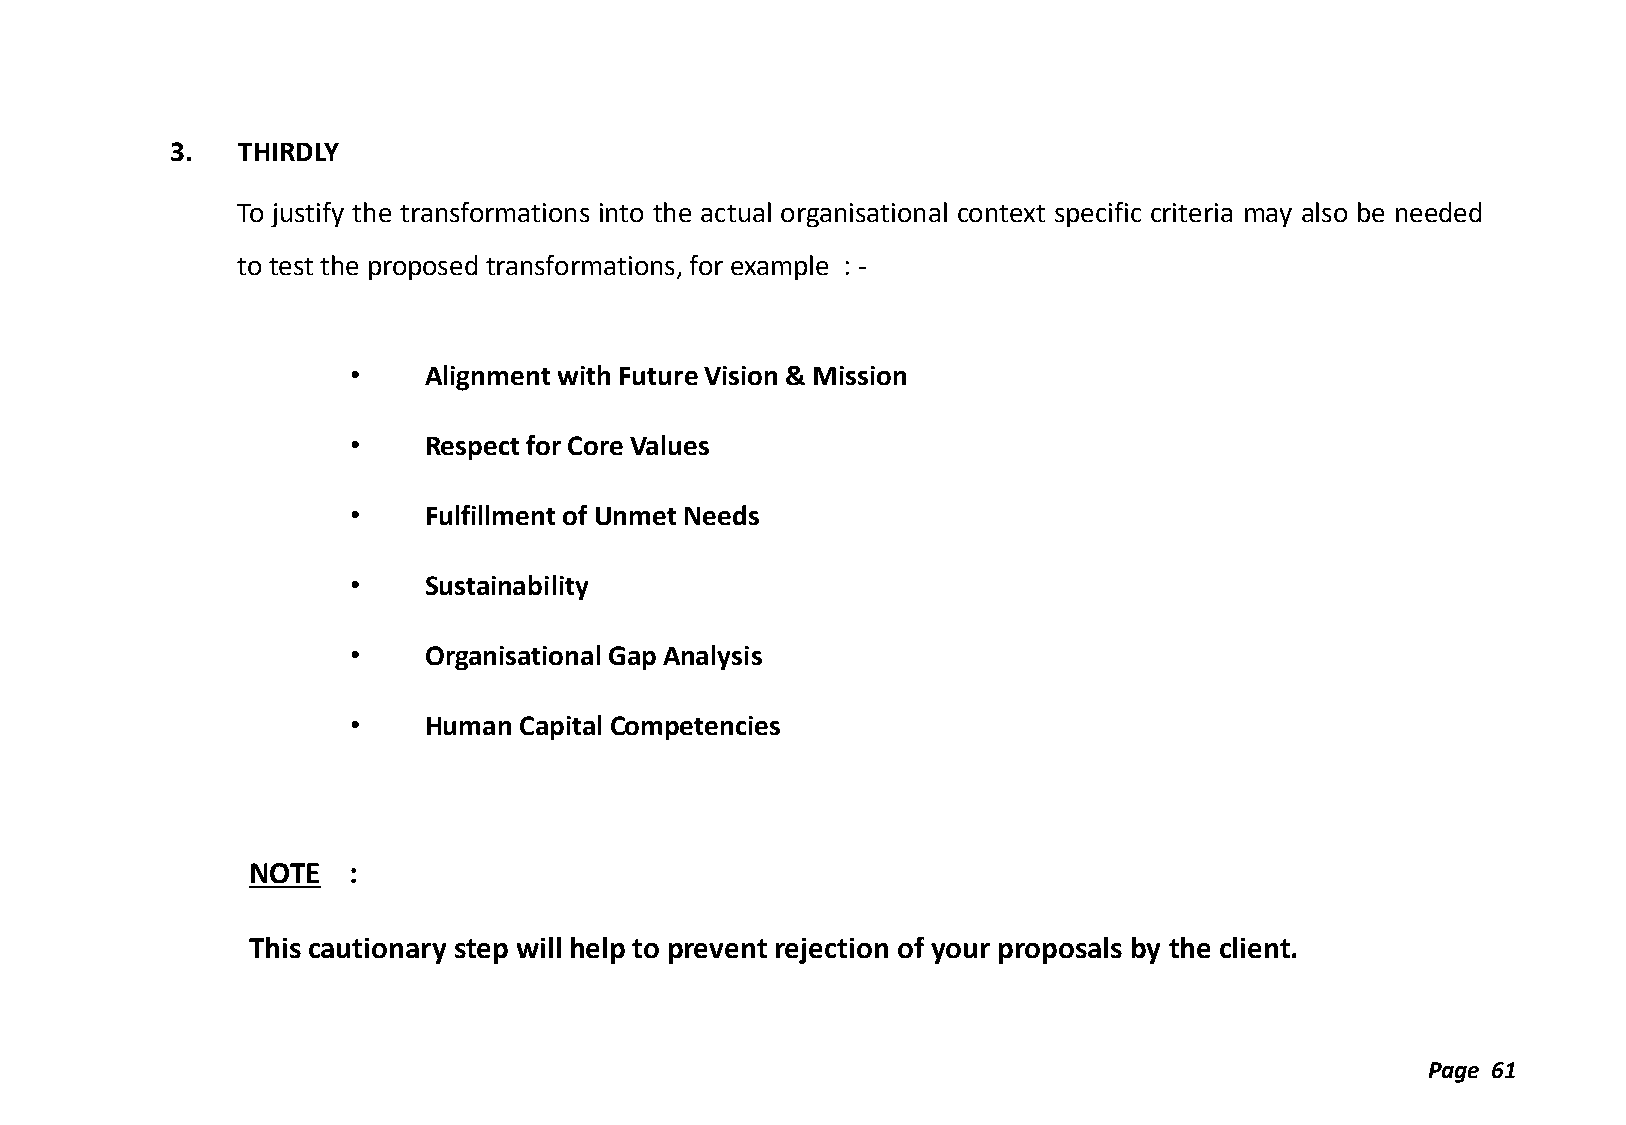
3.   THIRDLY
 To justify the transformations into the actual organisational context specific criteria may also be needed
 to test the proposed transformations, for example : -
 •    Alignment with Future Vision & Mission
 •    Respect for Core Values
 •    Fulfillment of Unmet Needs
 •    Sustainability
 •    Organisational Gap Analysis
 •    Human Capital Competencies
 NOTE   :
 This cautionary step will help to prevent rejection of your proposals by the client.
 Page 61